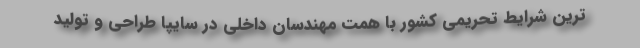
ترين شرايط تحريمي كشور با همت مهندسان داخلي در سایپا طراحي و توليد